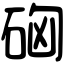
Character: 𥒚